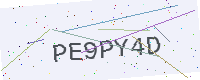
Text: PE9PY4D